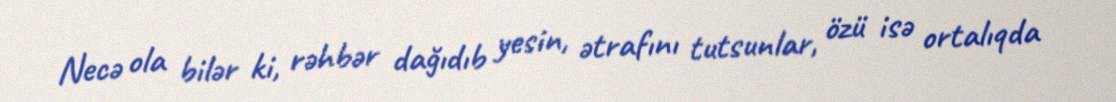
Necə ola bilər ki, rəhbər dağıdıb yesin, ətrafını tutsunlar, özü isə ortalıqda